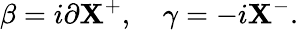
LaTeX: \beta=i\partial\mathbf{X}^{+},\quad\gamma=-i\mathbf{X}^{-}.